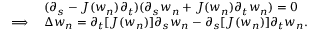
\begin{array} { r l } & { ( \partial _ { s } - J ( w _ { n } ) \partial _ { t } ) ( \partial _ { s } w _ { n } + J ( w _ { n } ) \partial _ { t } w _ { n } ) = 0 } \\ { \implies } & { \Delta w _ { n } = \partial _ { t } [ J ( w _ { n } ) ] \partial _ { s } w _ { n } - \partial _ { s } [ J ( w _ { n } ) ] \partial _ { t } w _ { n } . } \end{array}